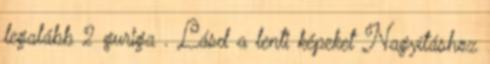
legalább 2 guriga . Lásd a lenti képeket Nagyításhoz